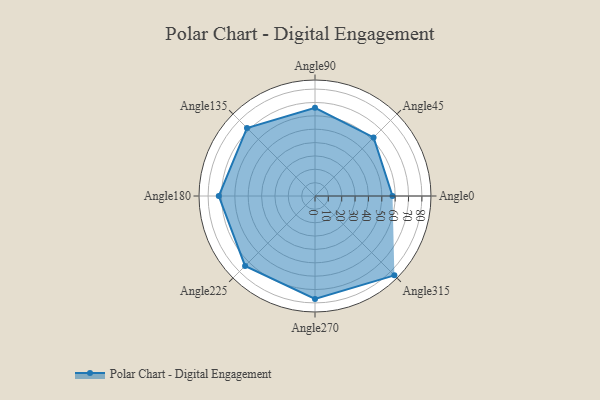
{"axis": {"x": "Angle", "y": "Radius"}, "legend": [""], "data": [{"x": "Angle0", "y": 58.0, "type": ""}, {"x": "Angle45", "y": 62.0, "type": ""}, {"x": "Angle90", "y": 66.0, "type": ""}, {"x": "Angle135", "y": 72.0, "type": ""}, {"x": "Angle180", "y": 72.0, "type": ""}, {"x": "Angle225", "y": 74.0, "type": ""}, {"x": "Angle270", "y": 77.0, "type": ""}, {"x": "Angle315", "y": 84.0, "type": ""}]}